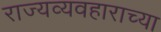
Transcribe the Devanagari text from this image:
राज्यव्यवहाराच्या